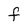
Character: f